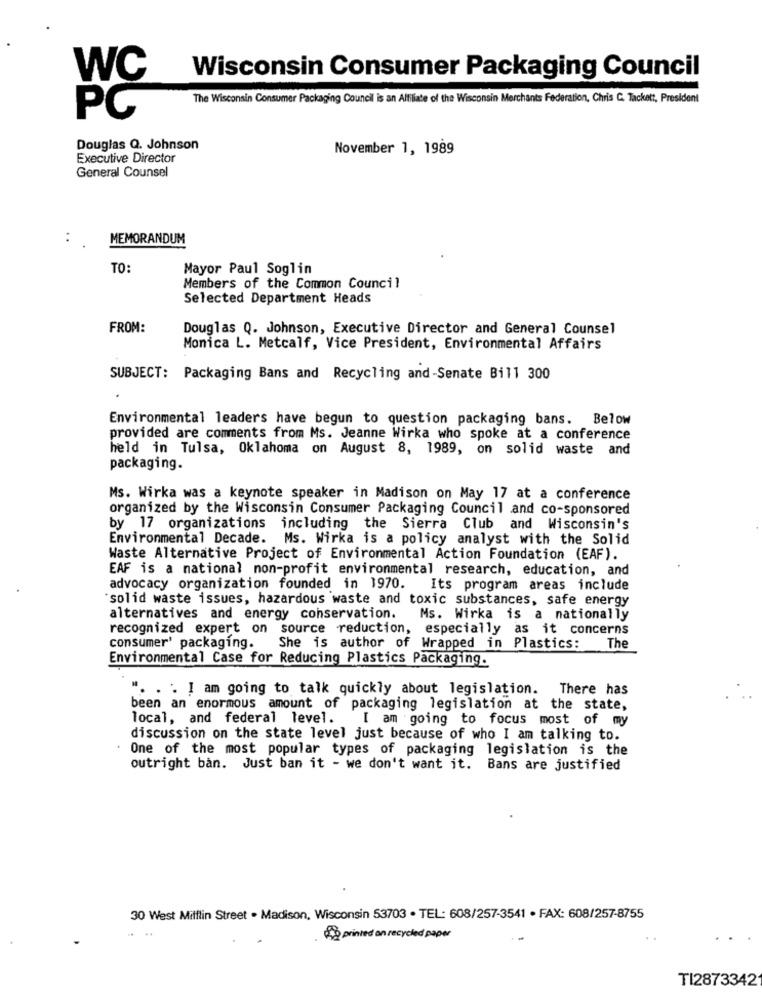
WC
Wisconsin Consumer Packaging Council
The Wisconsin Consumer Packaging Council is an Alfiliate of the Wisconsin Merchants Federation, Chris C. Tackett, President
PC
Douglas Q. Johnson
November 1, 1989
Executive Director
General Counsel
:
MEMORANDUM
TO:
Mayor Paul Soglin
Members of the Common Council
Selected Department Heads
FROM:
Douglas Q. Johnson, Executive Director and General Counsel
Monica L. Metcalf, Vice President, Environmental Affairs
SUBJECT: Packaging Bans and Recycling and-Senate Bill 300
Environmental leaders have begun to question packaging bans. Below
provided are comments from Ms. Jeanne Wirka who spoke at a conference
held in Tulsa, Oklahoma on August 8, 1989, on solid waste and
packaging.
Ms. Wirka was a keynote speaker in Madison on May 17 at a conference
organized by the Wisconsin Consumer Packaging Council and co-sponsored
by 17 organizations including the Sierra Club and Wisconsin's
Environmental Decade. Ms. Wirka is a policy analyst with the Solid
Waste Alternative Project of Environmental Action Foundation (EAF).
EAF is a national non-profit environmental research, education, and
advocacy organization founded in 1970.
Its program areas include
solid waste issues, hazardous waste and toxic substances, safe energy
alternatives and energy conservation.
Ms. Wirka is a nationally
recognized expert on source reduction, especially as it concerns
consumer' packaging.
She is author of Wrapped in Plastics:
The
Environmental Case for Reducing Plastics Packaging.
". . . I am going to talk quickly about legislation. There has
been an enormous amount of packaging legislation at the state,
local, and federal level.
I am going to focus most of my
discussion on the state level just because of who I am talking to.
One of the most popular types of packaging legislation is the
outright ban. Just ban it - we don't want it. Bans are justified
30 West Mifflin Street . Madison, Wisconsin 53703 . TEL: 608/257-3541 · FAX: 608/257-8755
printed on recycled paper
TI2873342